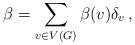
LaTeX: \begin{align*}\beta = \sum_{v\in V(G)}\beta(v) \delta_v \, ,\end{align*}